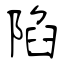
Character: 陷